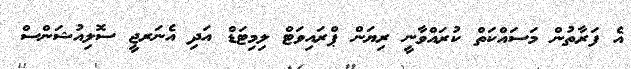
އެ ފަރާތުން މަސައްކަތް ކުރައްވާނީ ރިޔަން ޕްރައިވަޓް ލިމިޓަޑް އަދި އެނަރޖީ ސޮލިއުޝަންސް